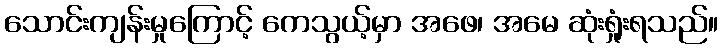
သောင်းကျန်းမှုကြောင့် ကေသွယ့်မှာ အဖေ၊ အမေ ဆုံးရှုံးရသည်။